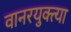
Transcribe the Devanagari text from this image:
वानरयुक्त्या